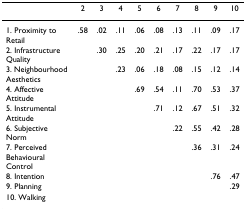
<table><thead><tr><td></td><td><b>2</b></td><td><b>3</b></td><td><b>4</b></td><td><b>5</b></td><td><b>6</b></td><td><b>7</b></td><td><b>8</b></td><td><b>9</b></td><td><b>10</b></td></tr></thead><tbody><tr><td>1. Proximity to Retail</td><td>.58</td><td>.02</td><td>.11</td><td>.06</td><td>.08</td><td>.13</td><td>.11</td><td>.09</td><td>.17</td></tr><tr><td>2. Infrastructure Quality</td><td></td><td>.30</td><td>.25</td><td>.20</td><td>.21</td><td>.17</td><td>.22</td><td>.17</td><td>.17</td></tr><tr><td>3. Neighbourhood Aesthetics</td><td></td><td></td><td>.23</td><td>.06</td><td>.18</td><td>.08</td><td>.15</td><td>.12</td><td>.14</td></tr><tr><td>4. Affective Attitude</td><td></td><td></td><td></td><td>.69</td><td>.54</td><td>.11</td><td>.70</td><td>.53</td><td>.37</td></tr><tr><td>5. Instrumental Attitude</td><td></td><td></td><td></td><td></td><td>.71</td><td>.12</td><td>.67</td><td>.51</td><td>.32</td></tr><tr><td>6. Subjective Norm</td><td></td><td></td><td></td><td></td><td></td><td>.22</td><td>.55</td><td>.42</td><td>.28</td></tr><tr><td>7. Perceived Behavioural Control</td><td></td><td></td><td></td><td></td><td></td><td></td><td>.36</td><td>.31</td><td>.24</td></tr><tr><td>8. Intention</td><td></td><td></td><td></td><td></td><td></td><td></td><td></td><td>.76</td><td>.47</td></tr><tr><td>9. Planning</td><td></td><td></td><td></td><td></td><td></td><td></td><td></td><td></td><td>.29</td></tr><tr><td>10. Walking</td><td></td><td></td><td></td><td></td><td></td><td></td><td></td><td></td><td></td></tr></tbody></table>